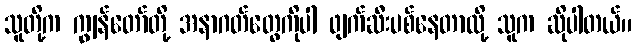
သူတို့က ကျွန်တော်တို့ အနာဂတ်တွေကိုပါ ဖျက်ဆီးပစ်နေတာလို့ သူက ဆိုပါတယ်။